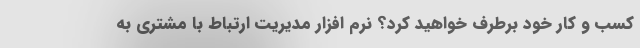
کسب و کار خود برطرف خواهید کرد؟ نرم افزار مدیریت ارتباط با مشتری به